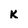
Character: K